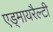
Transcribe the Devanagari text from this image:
एड्मायरैल्टी